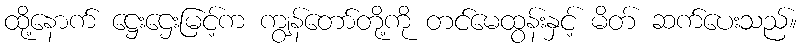
ထို့နောက် ဋ္ဌေးဌေးမြင့်က ကျွန်တော်တို့ကို တင်မေထွန်းနှင့် မိတ် ဆက်ပေးသည်။